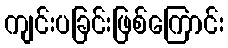
ကျင်းပခြင်းဖြစ်ကြောင်း